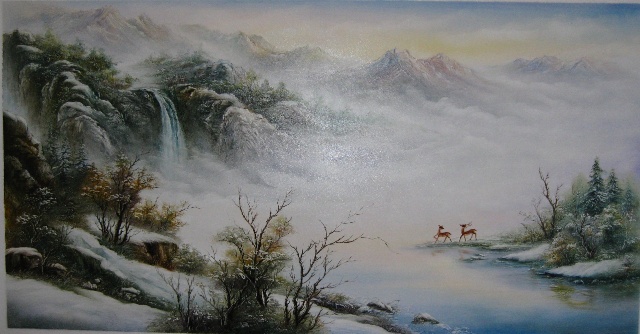
世上无难事，只要肯登攀。